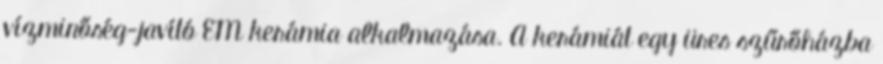
vízminőség-javító EM kerámia alkalmazása. A kerámiát egy üres szűrőházba